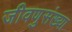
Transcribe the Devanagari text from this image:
जीवणुसंख्या